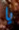
يا